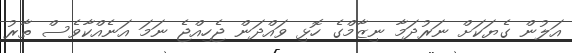
އަލުން ގެޔަކަށް ނަރުދަމާ ނިޒާމްގެ ހޮޅި ވައްދަން ޖެހިއްޖެ ނަމަ އަނެއްކާވެސް ތާރު